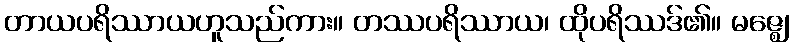
တာယပရိဿာယဟူသည်ကား။ တဿပရိဿာယ၊ ထိုပရိဿဒ်၏။ မဇ္ဈေ၊